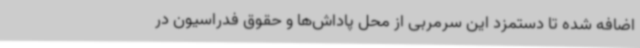
اضافه شده تا دستمزد این سرمربی از محل پاداش‌ها و حقوق فدراسیون در